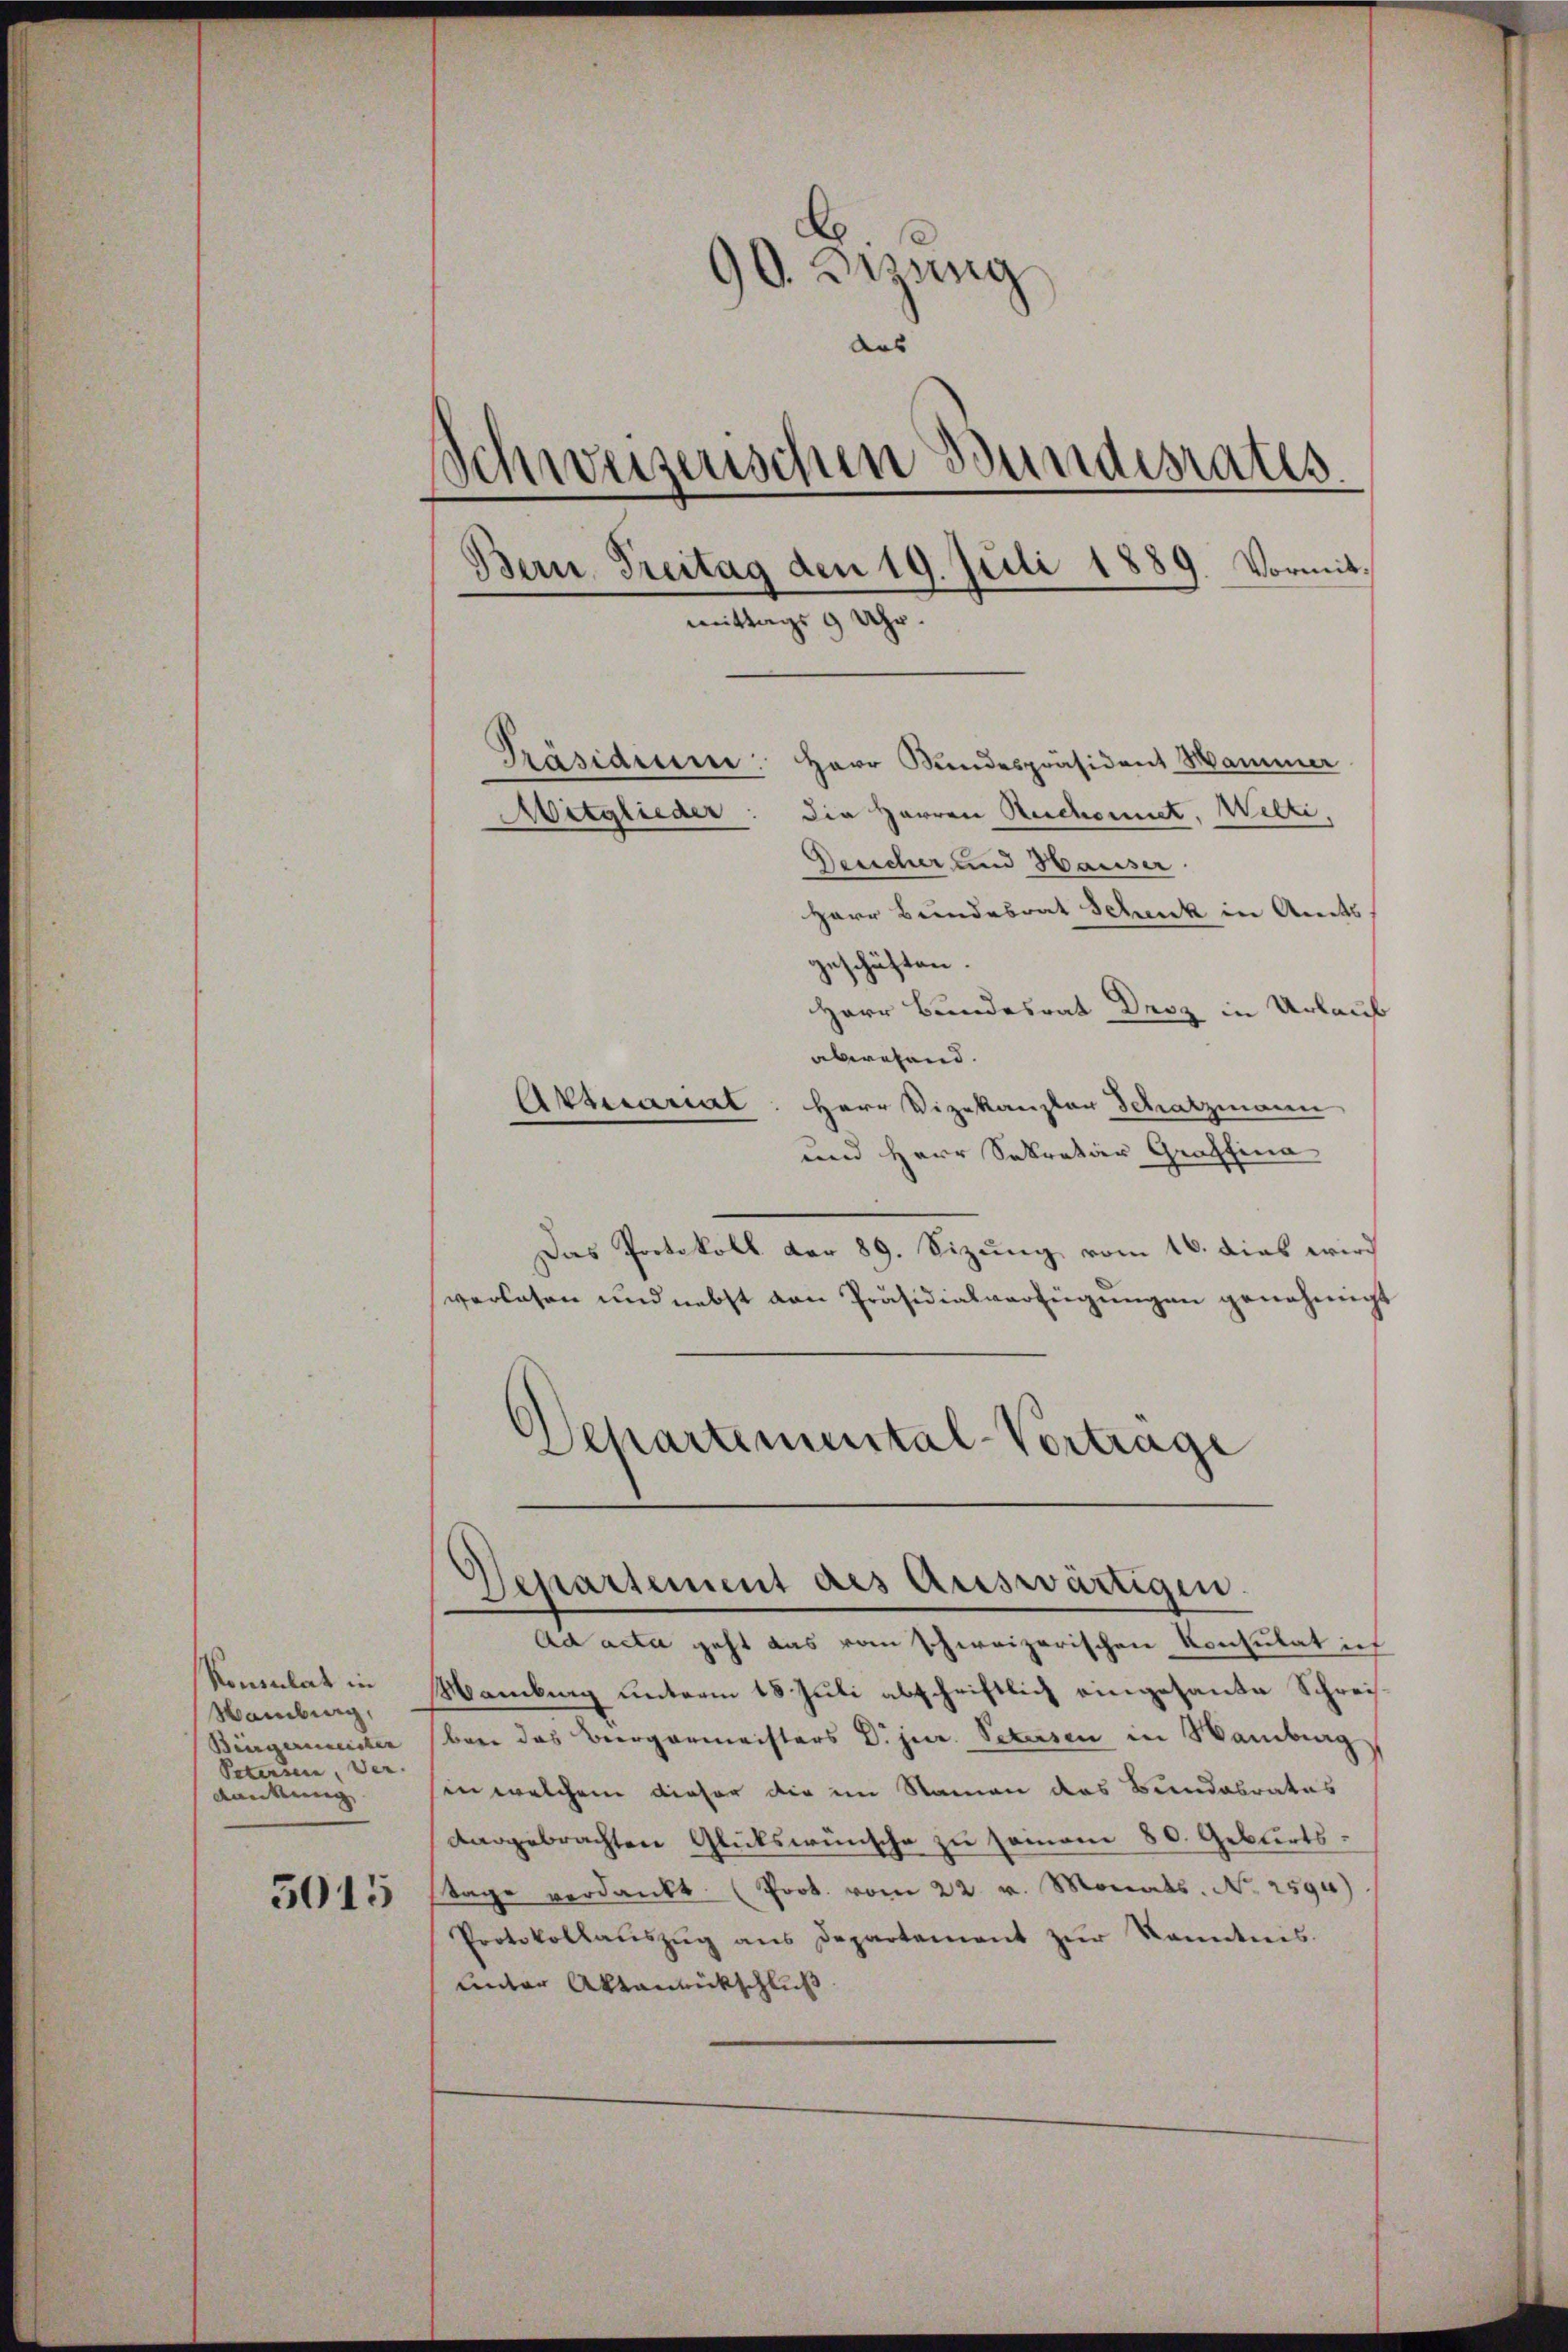
Konsulat in
Hamburg,
Bürgermeister
Petersen, Ver-
Kankung

5015

90. Brung
aas
Schweizerischen Bundesrates.
Bern, Treitag den 19. Juli 1889. Vormitmittags 9 Uhr.
Präsidium: Herr Kundespräsident Mammer
Aitglieder: die Herren Reichennet, Welti,
Desscher und Hauser
Herr Bundesrat Schenk in Amts
geschäften.
Herr Bundesrat Derz in Urlauf
abwesend.
Aktuariat: Herr Vizekanzler Schatzmann

und Herr Sekretär Graffina
Das Protokoll der 89. Sizung vom 16. dies wird
verlesen und nebst von Präsidialverfügungen genehmigt
Separtemental-Vortrage

Mamburg unterm 18. Juli abschriftlich eingesante Schreisber das Bergermeisters Dr jur. Petersen in Hamburg
in welchem dieser die im Namen das Bandabrates
dargebrachten Glükswünsche zu samem 80. Geburts¬
Tage verdankt. (Prok. vom 22. v. Monats No 2590)
Protokollaŭszŭg ans Departement zŭr Kenntnis.
unter Aktenrückschluß

Departement des Auswärtigen
Ad acta geht das vom schweizerischen Konsulat ich